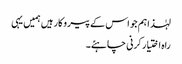
لہٰذا ہم جو اس کے پیروکار ہیں ہمیں یہی
راہ اختیار کرنی چاہئے۔